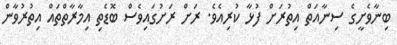
ބިނާވެށީގެ ސިނާއަތް އިތުރަށް ފުޅާ ކުރިއެވެ. ރަށް ރަށުގައިވެސް ބޮޑެތި އިމާރާތްތައް އިތުރުވާން